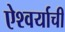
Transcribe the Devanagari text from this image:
ऐश्वर्याची